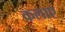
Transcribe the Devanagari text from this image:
कलाए